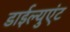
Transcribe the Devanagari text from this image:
डाईल्युएंट